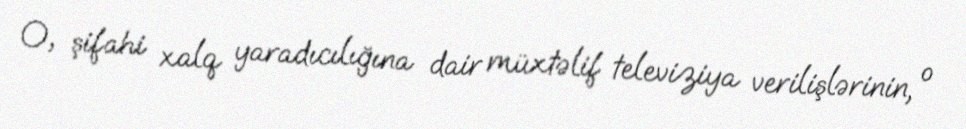
O, şifahi xalq yaradıcılığına dair müxtəlif televiziya verilişlərinin, o